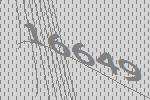
16649